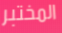
المختبر